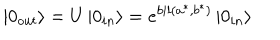
\left| 0 _ { o u t } \right\rangle = U \left| 0 _ { i n } \right\rangle = e ^ { b i l ( a ^ { * } , b ^ { * } ) } \left| 0 _ { i n } \right\rangle